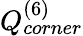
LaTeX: Q_{corner}^{(6)}